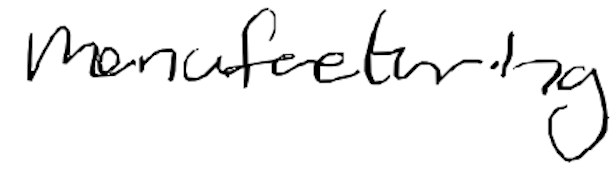
Text: manufacturing
Cross-out: clean
Writing tool: digital_black